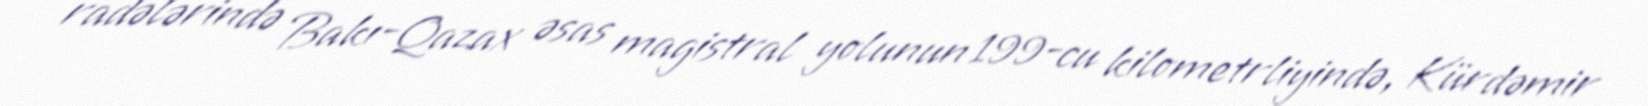
radələrində Bakı-Qazax əsas magistral yolunun 199-cu kilometrliyində, Kürdəmir